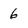
Character: 6